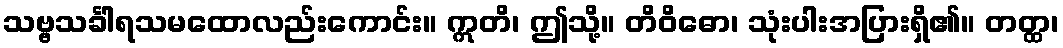
သဗ္ဗသင်္ခါရသမထောလည်းကောင်း။ ဣတိ၊ ဤသို့။ တိဝိဓော၊ သုံးပါးအပြားရှိ၏။ တတ္ထ၊